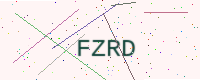
Text: FZRD